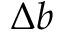
\Delta b